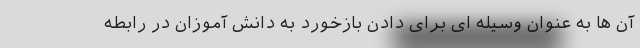
آن ها به عنوان وسیله ای برای دادن بازخورد به دانش آموزان در رابطه